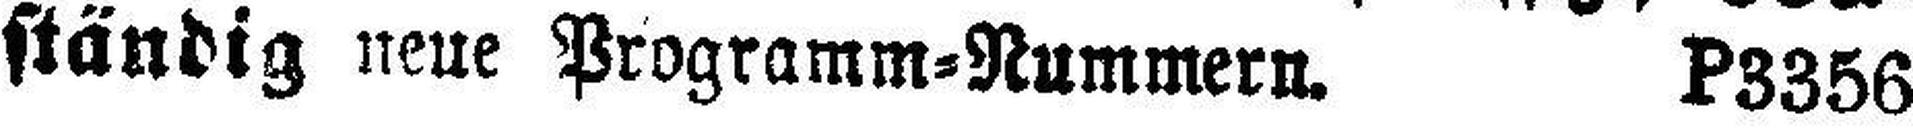
ständig neue Programm-Nummern. P3356